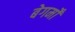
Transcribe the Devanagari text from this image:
बेगमोँ